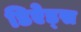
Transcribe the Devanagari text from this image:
डिऐड्स